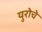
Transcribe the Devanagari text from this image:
युरोचे